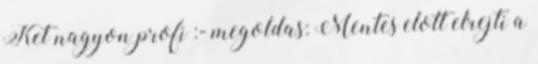
Ket nagyon profi :- megoldas: Mentes elott elrejti a